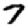
Digit: 7